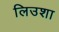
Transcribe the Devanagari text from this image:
लिउशा